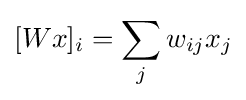
[Wx]_{i}=\sum _{j}w_{ij}x_{j}